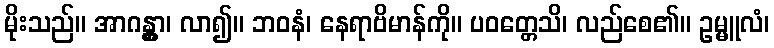
မိုးသည်။ အာဂန္တွာ၊ လာ၍။ ဘဝနံ၊ နေရာဗိမာန်ကို။ ပဝတ္တေသိ၊ လည်စေ၏။ ဥမ္မူလံ၊